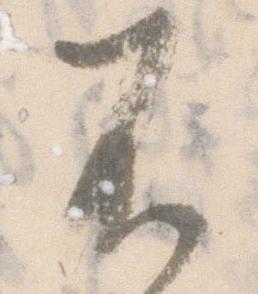
不